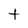
Character: t